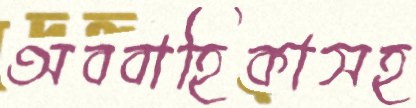
অববাহিকাসহ